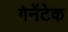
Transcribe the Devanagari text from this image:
गेनेंटेक